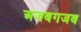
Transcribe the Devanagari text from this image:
अजबगजब